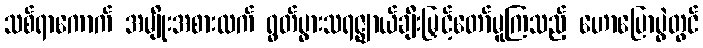
သစ်ရာကောက် အမျိုးအစားထက် ရွတ်ပွားသရဇ္ဈာယ်ချီးမြှင့်တော်မူကြသည့် ဟောပြောပွဲတွင်